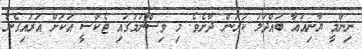
ނިންމީ ޔާނިއުއާ ބައްދަލު ކުރަން ދާށެވެ. މި ވިސްނުމުގައި ޓެކްސީ އަކަށް އަރައިގެން